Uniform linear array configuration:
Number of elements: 12
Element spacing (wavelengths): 1
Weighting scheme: binomial
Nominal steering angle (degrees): -45
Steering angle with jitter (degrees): -45.118
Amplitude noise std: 0.05
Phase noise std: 0.05

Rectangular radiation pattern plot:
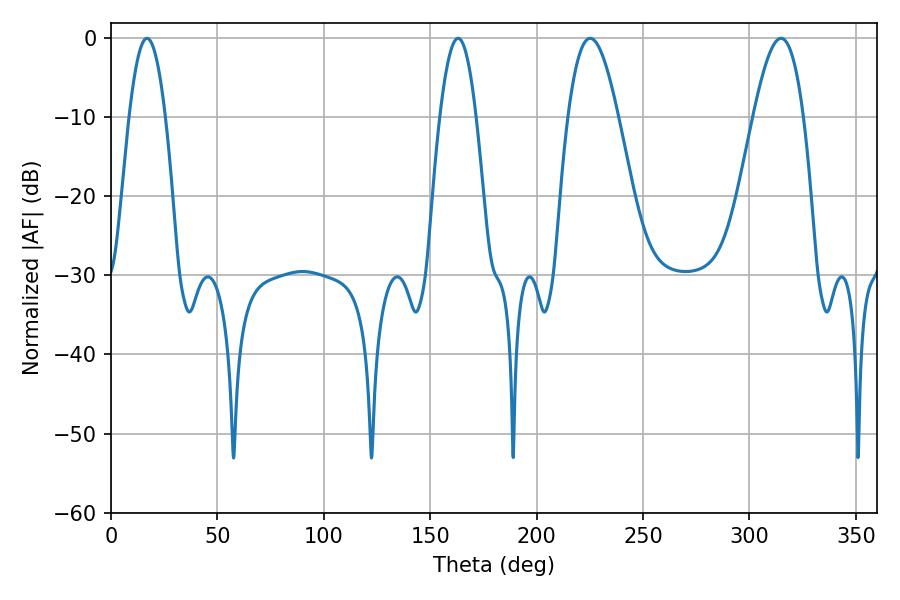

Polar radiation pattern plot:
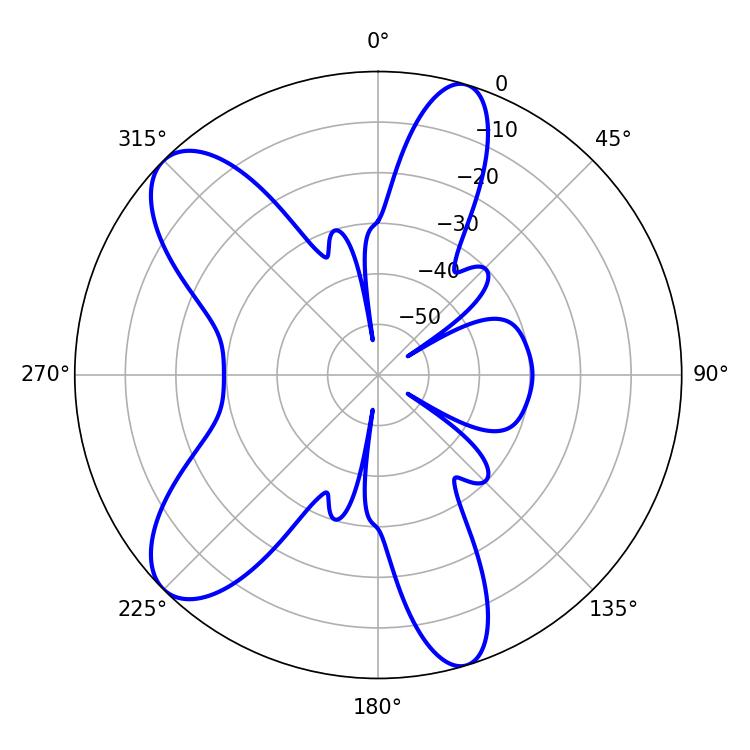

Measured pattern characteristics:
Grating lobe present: TRUE
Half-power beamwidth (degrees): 9.36
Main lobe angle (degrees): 16.92